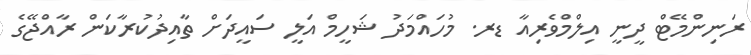
ރަނިންމޭޓް ދީނީ އިލްމްވެރިއާ ޑރ. މުހައްމަދު ޝަހީމް އަލީ ސައީދަށް ތާއިދުކުރާކަން ރާއްޖޭގެ